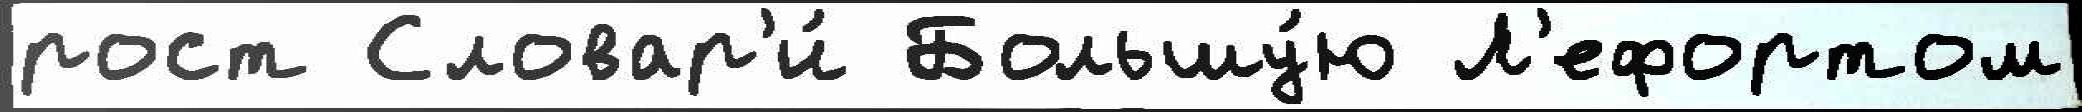
рост Словар'и́ Большу́ю Л'ефортом